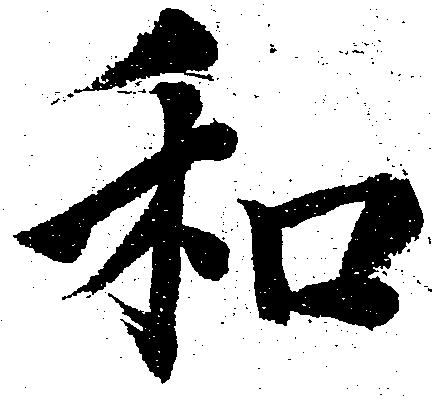
和